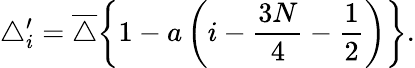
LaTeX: \triangle_{i}^{\prime}=\overline{{\triangle}}\bigg\{ 1-a\left(i-\frac{3N}{4}-\frac{1}{2}\right)\bigg\} .